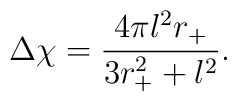
\Delta \chi = \frac{4 \pi l^2 r_+}{3r_+ ^2 + l^2} .